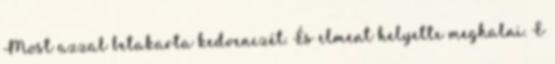
Most azzal betakarta kedvenczét. És elment helyette meghalni. E